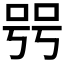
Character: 𠳯